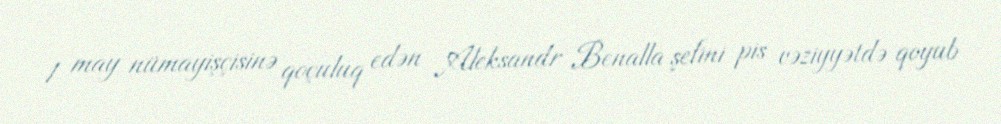
1 may nümayişçisinə qoçuluq edən Aleksandr Benalla şefini pis vəziyyətdə qoyub